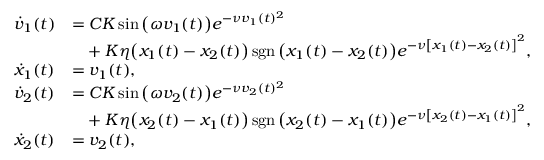
\begin{array} { r l } { \dot { v } _ { 1 } ( t ) } & { = C K \sin \big ( \omega { v } _ { 1 } ( t ) \big ) e ^ { - \nu { v } _ { 1 } ( t ) ^ { 2 } } } \\ & { \phantom { = } + K \eta \big ( { x } _ { 1 } ( t ) - { x } _ { 2 } ( t ) \big ) \operatorname { s g n } \big ( { x } _ { 1 } ( t ) - { x } _ { 2 } ( t ) \big ) e ^ { - \nu \left[ { x } _ { 1 } ( t ) - { x } _ { 2 } ( t ) \right] ^ { 2 } } , } \\ { \dot { x } _ { 1 } ( t ) } & { = v _ { 1 } ( t ) , } \\ { \dot { v } _ { 2 } ( t ) } & { = C K \sin \big ( \omega { v } _ { 2 } ( t ) \big ) e ^ { - \nu { v } _ { 2 } ( t ) ^ { 2 } } } \\ & { \phantom { = } + K \eta \big ( { x } _ { 2 } ( t ) - { x } _ { 1 } ( t ) \big ) \operatorname { s g n } \big ( { x } _ { 2 } ( t ) - { x } _ { 1 } ( t ) \big ) e ^ { - \nu \left[ { x } _ { 2 } ( t ) - { x } _ { 1 } ( t ) \right] ^ { 2 } } , } \\ { \dot { x } _ { 2 } ( t ) } & { = v _ { 2 } ( t ) , } \end{array}